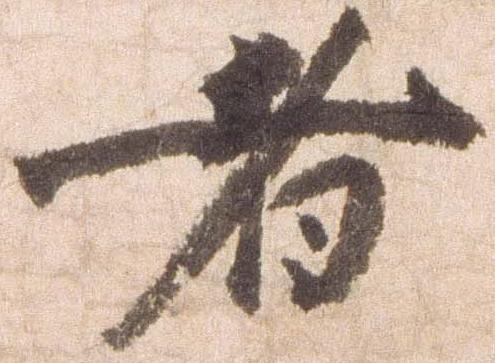
者